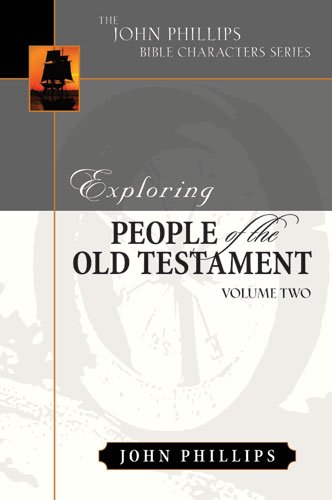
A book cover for Exploring People of the Bible: Exploring People of the Old Testament: Volume 2 (John Phillips Bible Characters Series); John Phillips; Christian Books & Bibles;